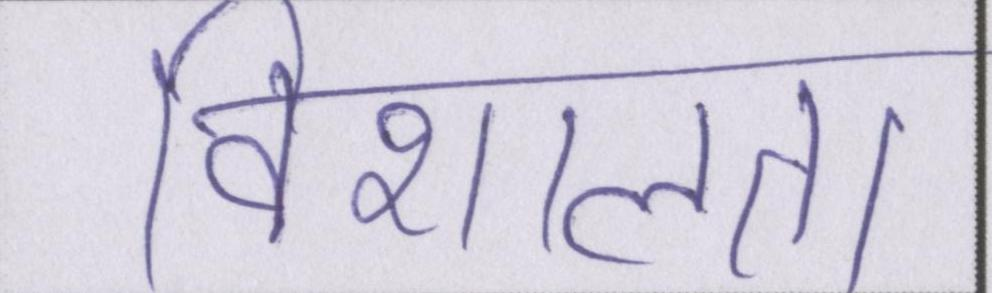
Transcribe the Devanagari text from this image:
विशालता